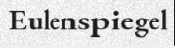
Eulenspiegel